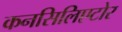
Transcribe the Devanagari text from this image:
कनसिलिएटोर